Indian journal of veterinary science and animal husbandry - Volume 2,
Year: 1932
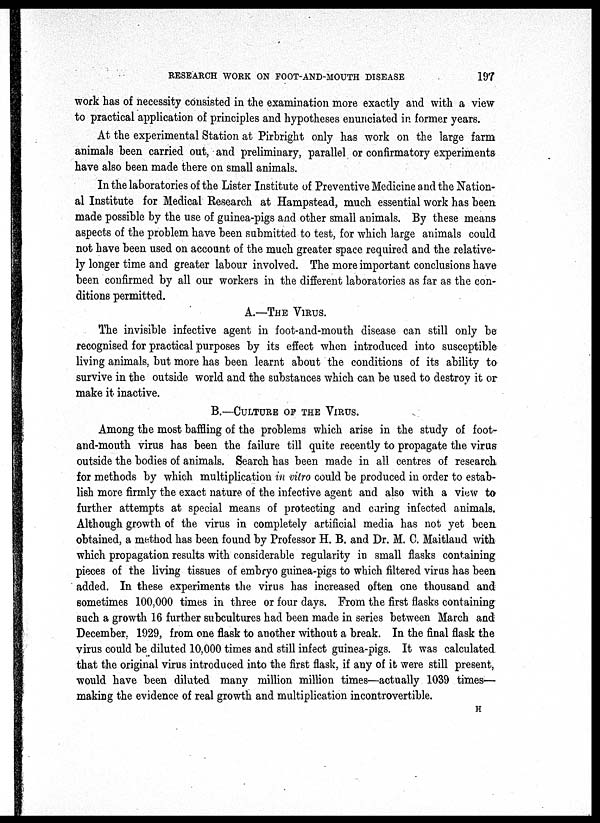
RESEARCH WORK ON FOOT-AND-MOUTH DISEASE
197
work has of necessity consisted in the examination more exactly and with a view
to practical application of principles and hypotheses enunciated in former years.
At the experimental Station at Pirbright only has work on the large farm
animals been carried out, and preliminary, parallel or confirmatory experiments
have also been made there on small animals.
In the laboratories of the Lister Institute of Preventive Medicine and the Nation-
al Institute for Medical Research at Hampstead, much essential work has been
made possible by the use of guinea-pigs and other small animals. By these means
aspects of the problem have been submitted to test, for which large animals could
not have been used on account of the much greater space required and the relative-
ly longer time and greater labour involved. The more important conclusions have
been confirmed by all our workers in the different laboratories as far as the con-
ditions permitted.
A.—THE VIRUS.
The invisible infective agent in foot-and-mouth disease can still only be
recognised for practical purposes by its effect when introduced into susceptible
living animals, but more has been learnt about the conditions of its ability to
survive in the outside world and the substances which can be used to destroy it or
make it inactive.
B.—CULTURE OF THE VIRUS.
Among the most baffling of the problems which arise in the study of foot-
and-mouth virus has been the failure till quite recently to propagate the virus
outside the bodies of animals. Search has been made in all centres of research
for methods by which multiplication in vitro could be produced in order to estab-
lish more firmly the exact nature of the infective agent and also with a view to
further attempts at special means of protecting and curing infected animals.
Although growth of the virus in completely artificial media has not yet been
obtained, a method has been found by Professor H. B. and Dr. M. C. Maitland with
which propagation results with considerable regularity in small flasks containing
pieces of the living tissues of embryo guinea-pigs to which filtered virus has been
added. In these experiments the virus has increased often one thousand and
sometimes 100,000 times in three or four days. From the first flasks containing
such a growth 16 further subcultures had been made in series between March and
December, 1929, from one flask to another without a break. In the final flask the
virus could be diluted 10,000 times and still infect guinea-pigs. It was calculated
that the original virus introduced into the first flask, if any of it were still present,
would have been diluted many million million times—actually 1039 times—
making the evidence of real growth and multiplication incontrovertible.
H